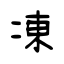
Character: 凍